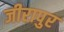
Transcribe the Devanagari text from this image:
जीरापुर